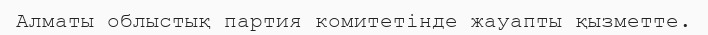
Алматы облыстық партия комитетінде жауапты қызметте.